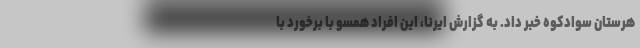
هرستان سوادکوه خبر داد. به گزارش ایرنا، این افراد همسو با برخورد با